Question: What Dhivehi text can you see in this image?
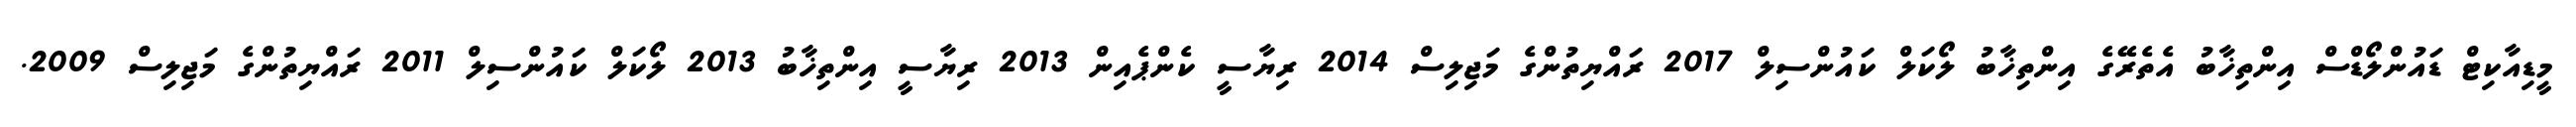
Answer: މީޑިއާކިޓް ޑައުންލޯޑްސް އިންތިޚާބު އެތެރޭގެ އިންތިޚާބު ލޯކަލް ކައުންސިލް 2017 ރައްޔިތުންގެ މަޖިލިސް 2014 ރިޔާސީ ކެންޕެއިން 2013 ރިޔާސީ އިންތިޚާބު 2013 ލޯކަލް ކައުންސިލް 2011 ރައްޔިތުންގެ މަޖިލިސް 2009.